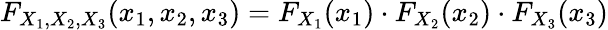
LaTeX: F_{X_{1},X_{2},X_{3}}(x_{1},x_{2},x_{3})=F_{X_{1}}(x_{1})\cdot F_{X_{2}}(x_{2})\cdot F_{X_{3}}(x_{3})